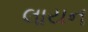
લાયન